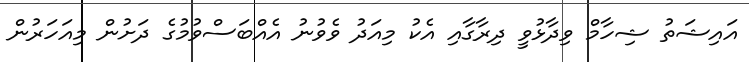
އައިޝަތު ޝިހާމް ވިދާޅުވީ ދިރާގާއި އެކު މިއަދު ވެވުނު އެއްބަސްވުމުގެ ދަށުން މިއަހަރުން